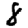
Digit: 8